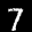
Label: 7